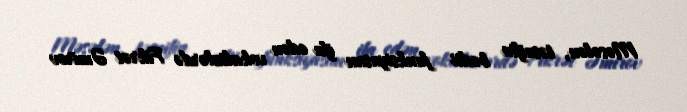
Məsələn, təsnifin bədii funksiyasını ifa edən vokalizlərdə Fikrət Əmirov